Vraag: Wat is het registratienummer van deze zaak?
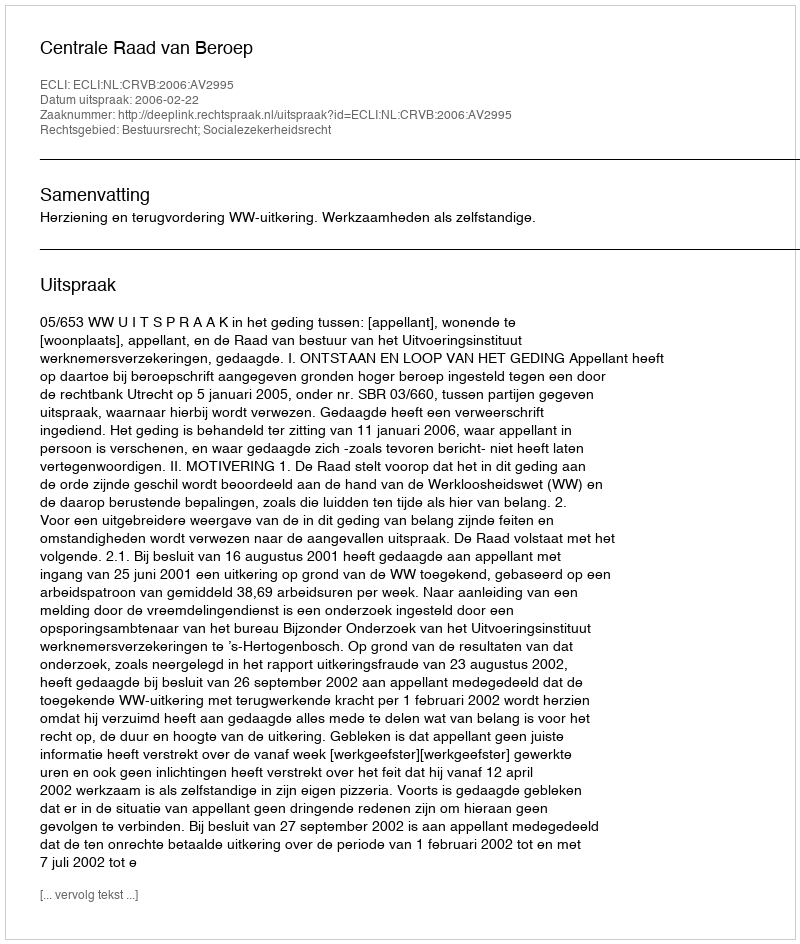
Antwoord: http://deeplink.rechtspraak.nl/uitspraak?id=ECLI:NL:CRVB:2006:AV2995